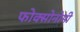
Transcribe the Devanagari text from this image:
फोक्सोनोमी